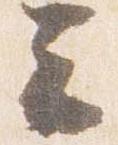
云